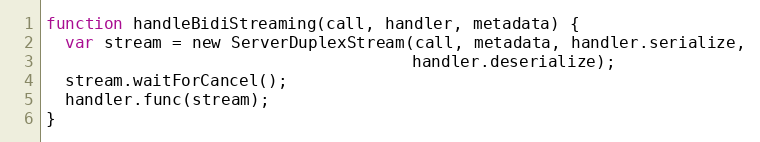
Language: JavaScript
function handleBidiStreaming(call, handler, metadata) {
  var stream = new ServerDuplexStream(call, metadata, handler.serialize,
                                      handler.deserialize);
  stream.waitForCancel();
  handler.func(stream);
}